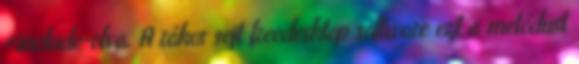
#include-olva. A rákos sejt freedesktop software ezt a metódust